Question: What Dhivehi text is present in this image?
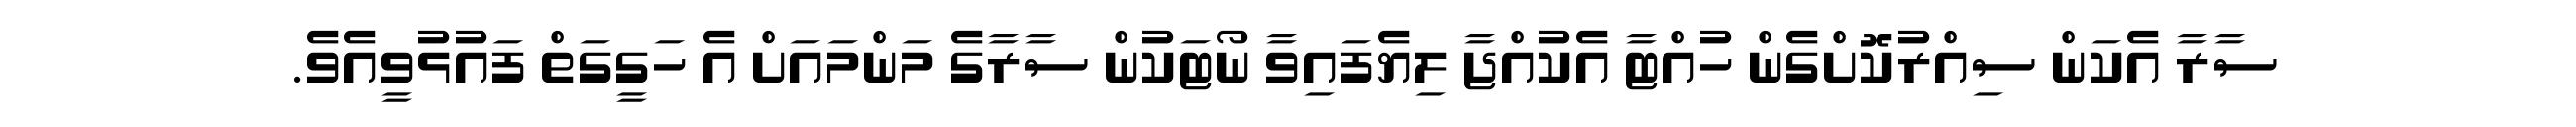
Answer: ސާރާ އެކަން ސިއްރުކޮށްގެން ހުއްޓާ އެކުއްޖާ ލިޔެފައިވާ ނޯޓަކުން ސާރާގެ މަންމައަށް އެ ހަގީގަތް ފައުޅުވީއެވެ.